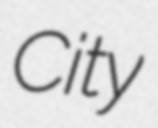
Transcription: City